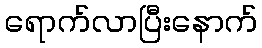
ရောက်လာပြီးနောက်